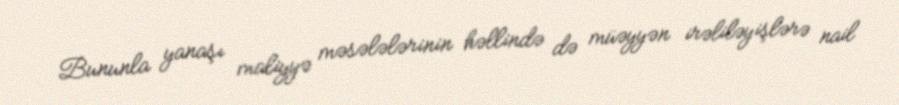
Bununla yanaşı maliyyə məsələlərinin həllində də müəyyən irəliləyişlərə nail